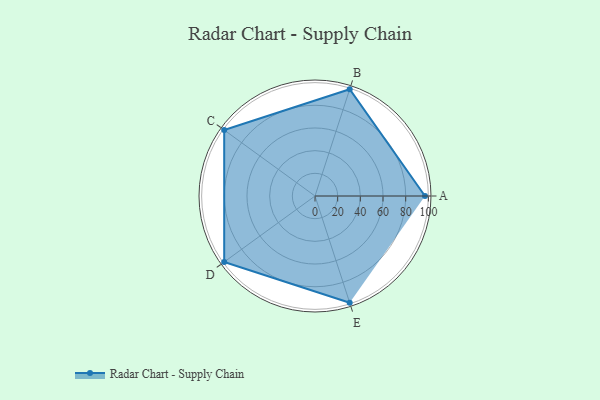
{"axis": {"x": "Skill", "y": "Score"}, "legend": ["Profile"], "data": [{"x": "A", "y": 97.0, "type": "Profile"}, {"x": "B", "y": 99.0, "type": "Profile"}, {"x": "C", "y": 99, "type": "Profile"}, {"x": "D", "y": 99, "type": "Profile"}, {"x": "E", "y": 99, "type": "Profile"}]}